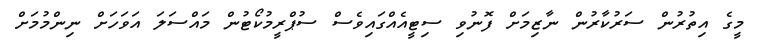
މީގެ އިތުރުން ސަރުކާރުން ނާޒިމަށް ފޮނުވި ސިޓީއެއްގައިވެސް ސުޕްރީމުކޯޓުން މައްސަލަ އަވަހަށް ނިންމުމަށް